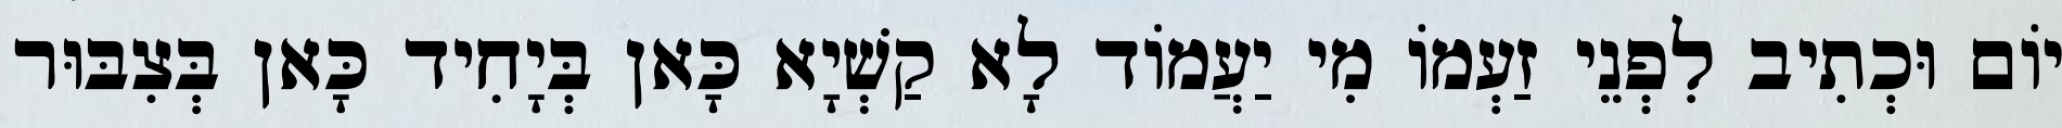
יוֹם וּכְתִיב לִפְנֵי זַעְמוֹ מִי יַעֲמוֹד לָא קַשְׁיָא כָּאן בְּיָחִיד כָּאן בְּצִבּוּר